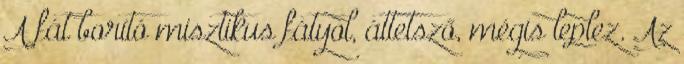
A fát borító misztikus fátyol, áttetsző, mégis leplez. Az